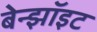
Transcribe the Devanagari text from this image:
बेन्झॉइट